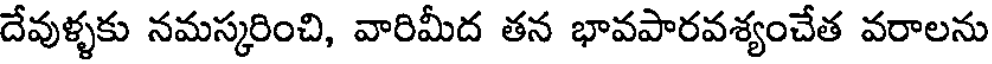
దేవుళ్ళకు నమస్కరించి, వారిమీద తన భావపారవశ్యంచేత వరాలను